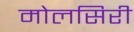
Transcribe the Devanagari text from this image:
मोलसिरी